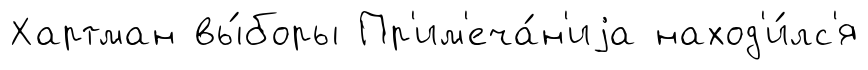
Хартман вы́боры Пр'им'еча́н'иjа наход'и́лс'я